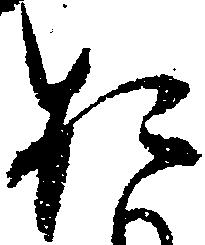
お